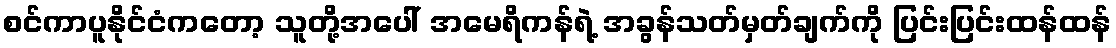
စင်ကာပူနိုင်ငံကတော့ သူတို့အပေါ် အမေရိကန်ရဲ့ အခွန်သတ်မှတ်ချက်ကို ပြင်းပြင်းထန်ထန်